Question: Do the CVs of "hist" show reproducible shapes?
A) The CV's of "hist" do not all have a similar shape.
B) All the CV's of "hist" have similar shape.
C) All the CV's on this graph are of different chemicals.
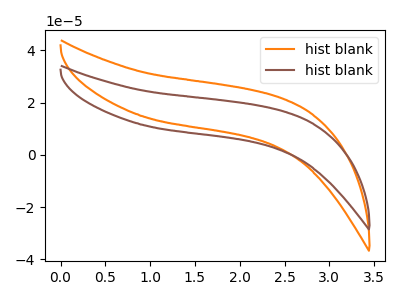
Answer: <think>The orange curve "hist blank1" has no peaks. The brown curve "hist blank2" has no peaks.
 Neither "hist blank1" or "hist blank2" have any peaks.</think>
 <answer>B) All the CV's of "hist" have similar shape.</answer>
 <eval>B</eval>